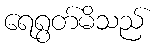
ရေရွတ်မိသည်